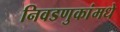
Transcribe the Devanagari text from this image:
निवडणुकांमधे